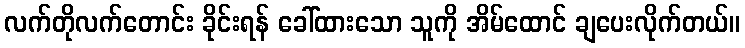
လက်တိုလက်တောင်း ခိုင်းရန် ခေါ်ထားသော သူကို အိမ်ထောင် ချပေးလိုက်တယ်။